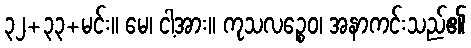
၃၂+၃၃+မင်း။ မေ၊ ငါ့အား။ ကုသလဉ္စေဝ၊ အနာကင်းသည်၏